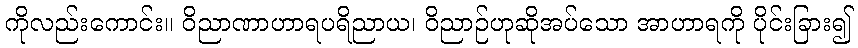
ကိုလည်းကောင်း။ ဝိညာဏာဟာရပရိညာယ၊ ဝိညာဉ်ဟုဆိုအပ်သော အာဟာရကို ပိုင်းခြား၍